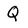
Character: Q